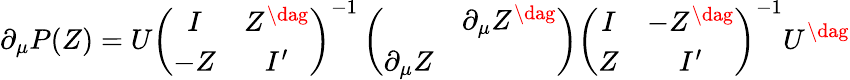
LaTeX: \partial_{\mu}P(Z)=U\left(\begin{array}{cc}{{I}}&{{Z^{\dag}}}\\ {{-Z}}&{{I^{\prime}}}\end{array}\right)^{-1}\left(\begin{array}{cc}{{}}&{{\partial_{\mu}Z^{\dag}}}\\ {{\partial_{\mu}Z}}&{{}}\end{array}\right)\left(\begin{array}{cc}{{I}}&{{-Z^{\dag}}}\\ {{Z}}&{{I^{\prime}}}\end{array}\right)^{-1}U^{\dag}